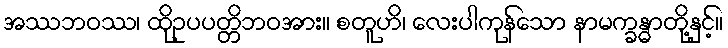
အဿဘဝဿ၊ ထိုဥပပတ္တိဘဝအား။ စတူဟိ၊ လေးပါကုန်သော နာမက္ခန္ဓာတို့နှင့်။